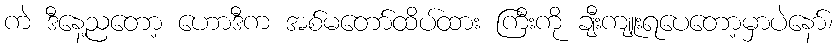
ကဲ ဒီနေ့ညတော့ ဟောဒီက အစ်မတော်ထိပ်ထား ကြီးကို ချီးကျူးရပေတော့မှာပဲနော်၊